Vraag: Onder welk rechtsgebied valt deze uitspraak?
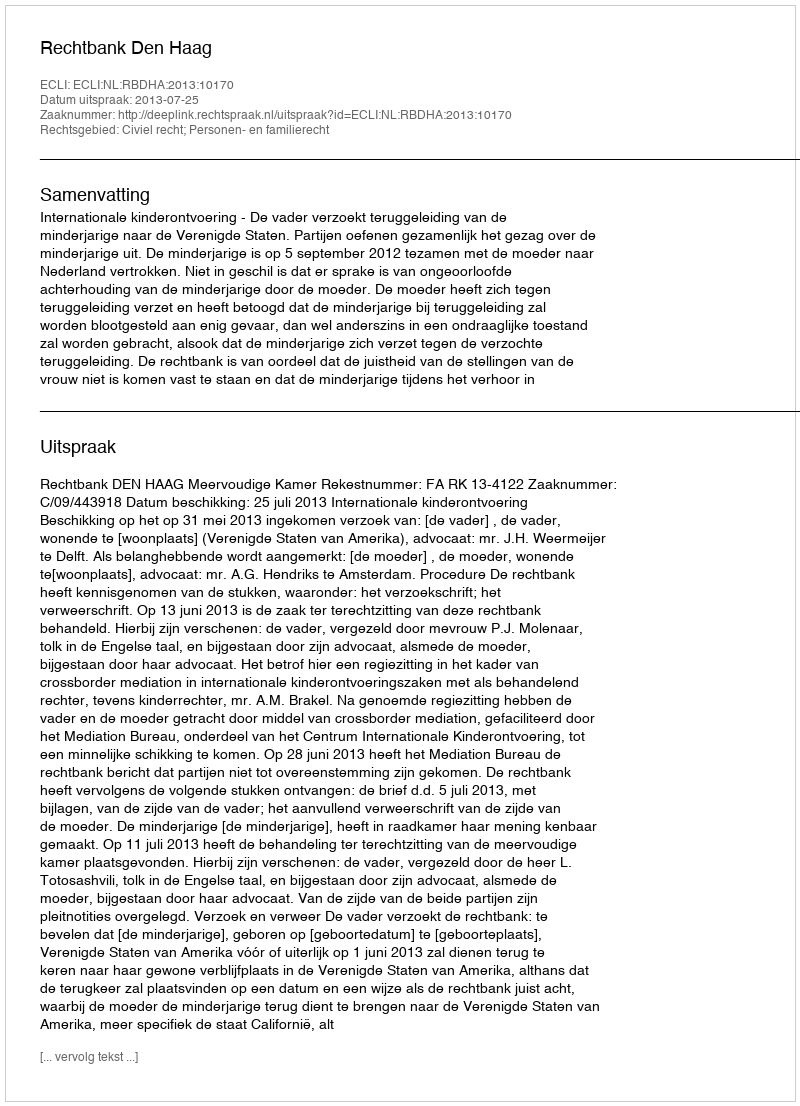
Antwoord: Civiel recht; Personen- en familierecht